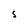
Character: S